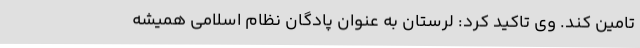
تامین کند. وی تاکید کرد: لرستان به عنوان پادگان نظام اسلامی همیشه